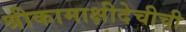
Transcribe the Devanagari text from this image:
श्रीकामाक्षीदेचीची